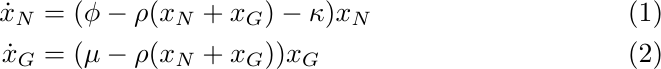
\begin{align}
    \dot x_N &= (\phi-\rho(x_N+x_G)-\kappa)x_N \label{simple1}\\
    \dot x_G &= (\mu-\rho(x_N+x_G))x_G \label{simple2}
\end{align}